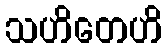
သဟိတေဟိ